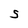
Character: S